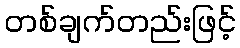
တစ်ချက်တည်းဖြင့်